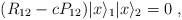
LaTeX: \begin{align*}(R_{12} - cP_{12}) |x\rangle _{1} |x\rangle _{2} = 0 \; ,\end{align*}